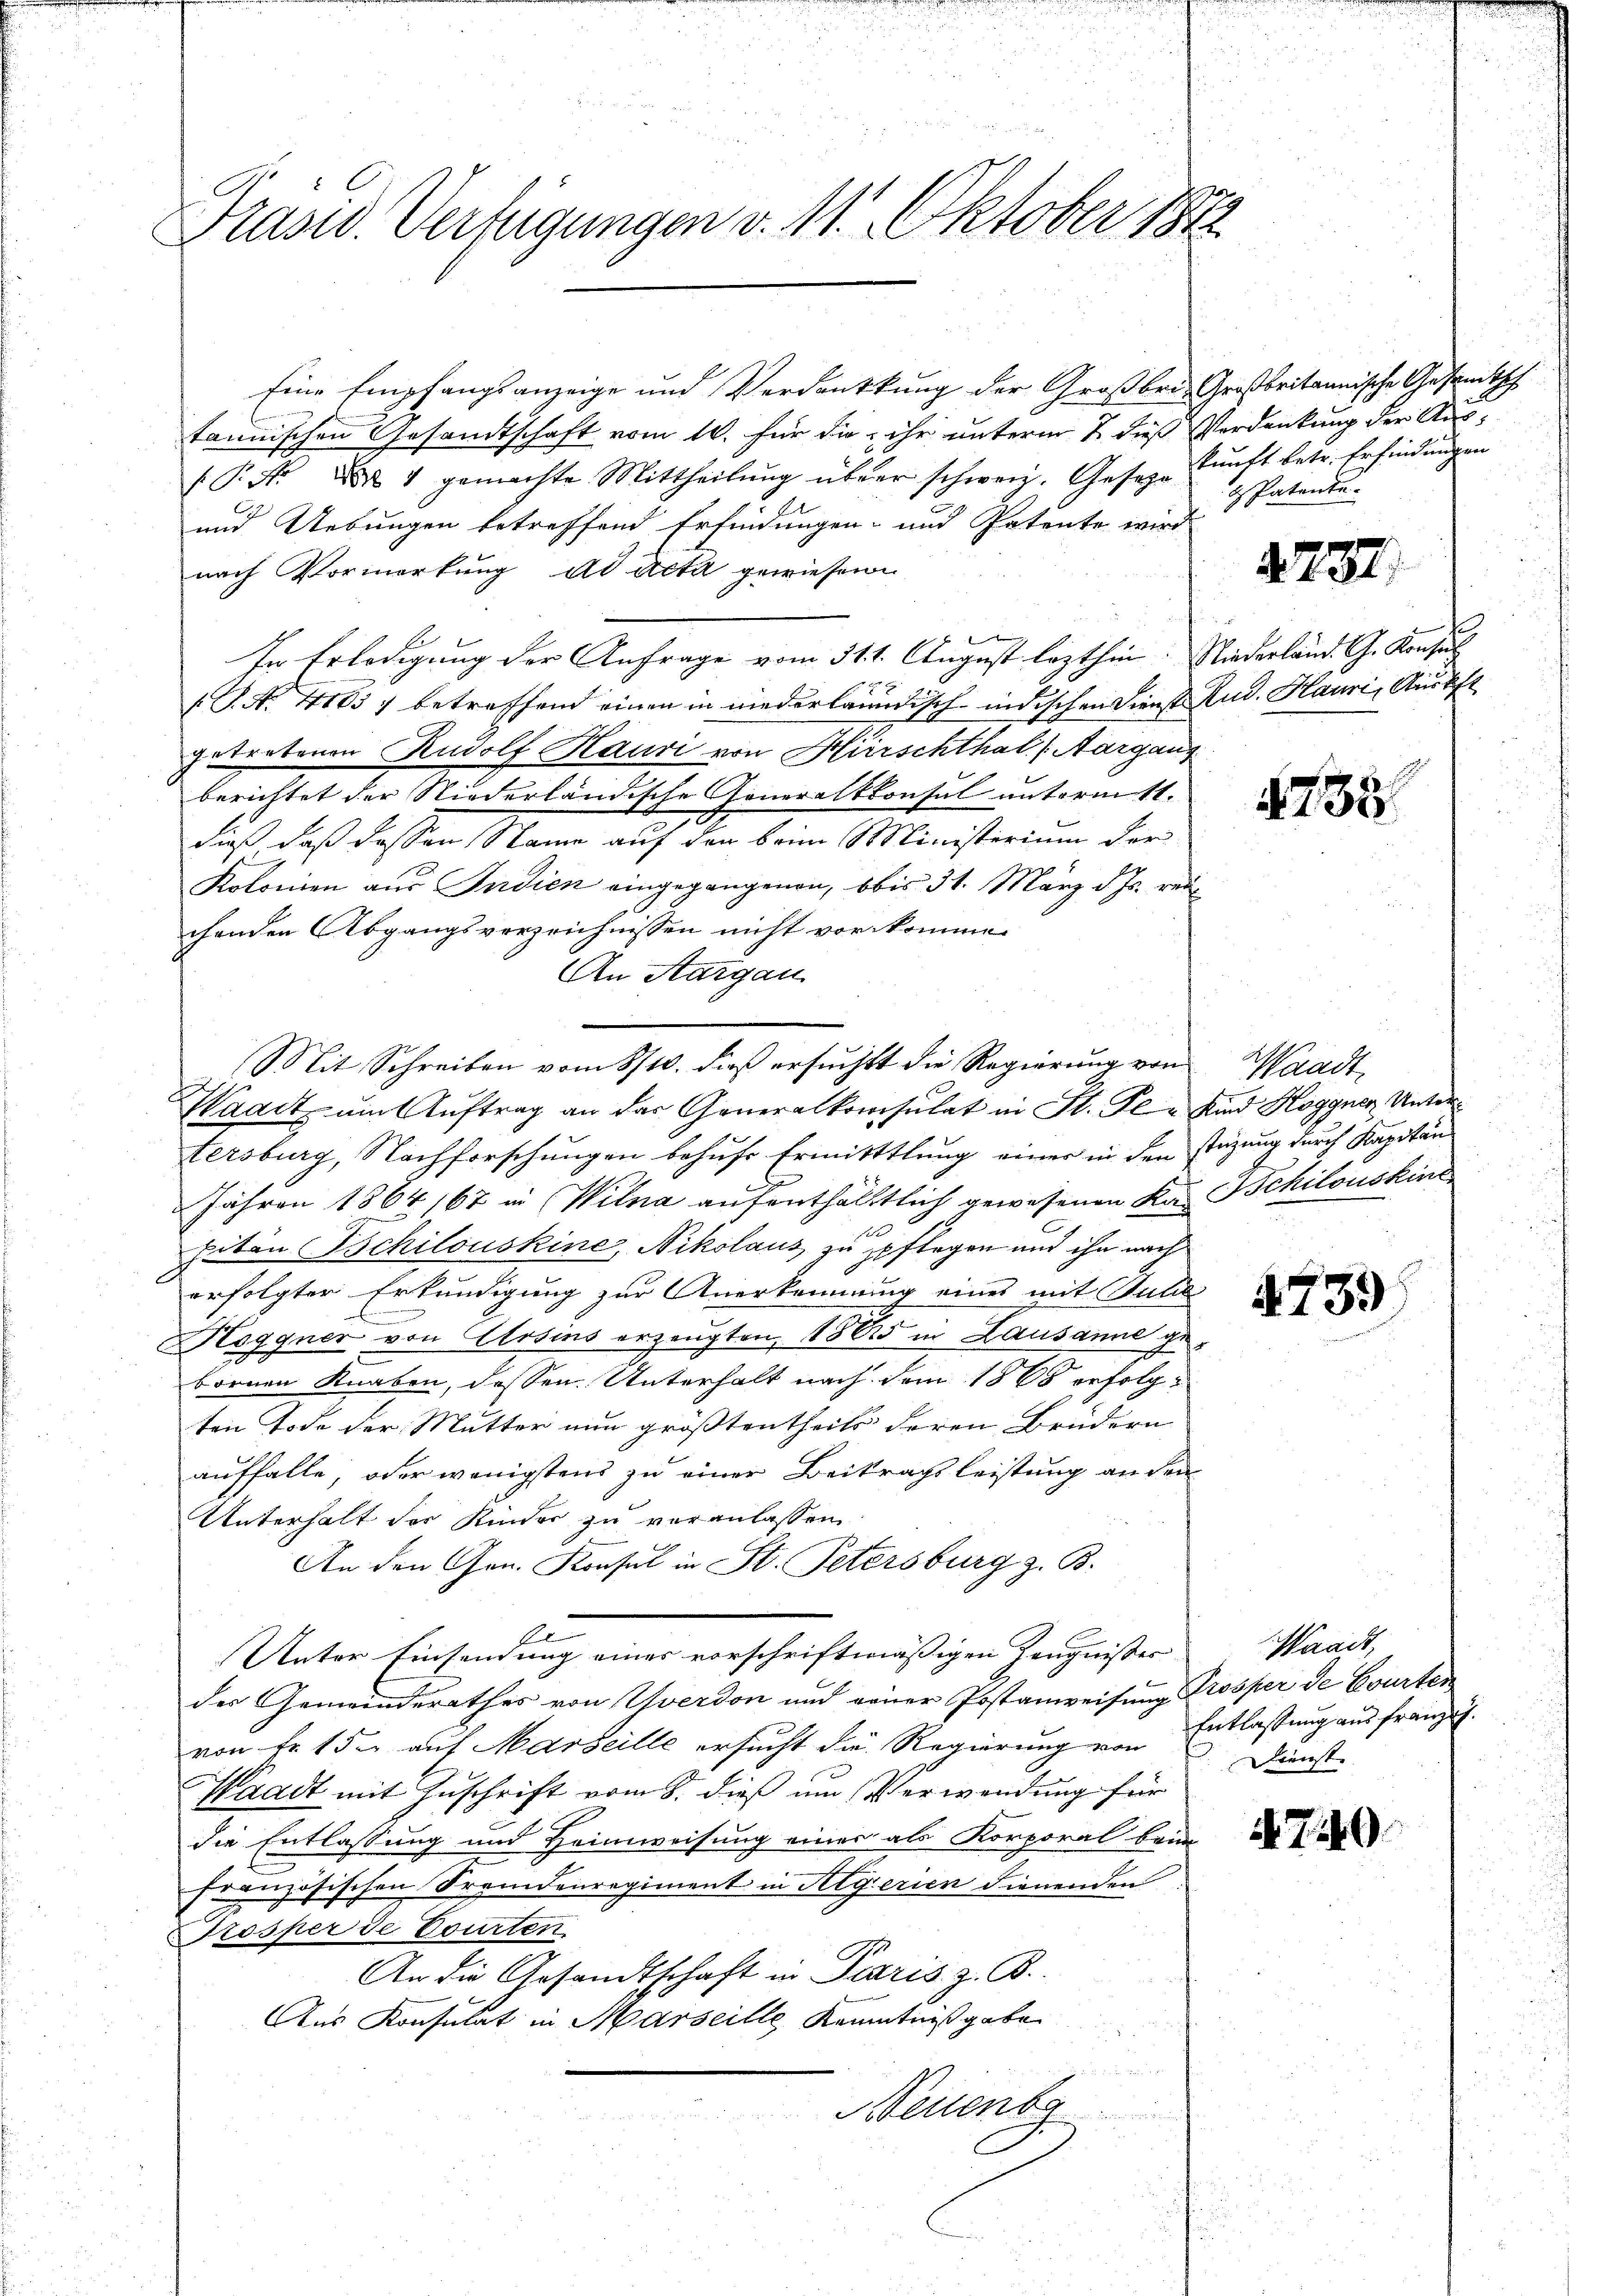
Prasw. Verfügungen v. 11. Oktober 1871

Eine Empfangsanzeige und Verdankkung der Großbri, Großbritannische Gesandtsch
tannischen Gesandtschaft vom 10. für die ihr unterm 2 dieß Verdankung der Aus¬
(P. Nr. & 4 gemachte Mittheilŭng über schwere. Gesezekŭnft betr. Erfindŭngen
und Uebungen betreffend Erfindungen- und Patente wird
nach Vormerkung ad Acta gewiesen.
e
In Erledigung der Anfrage vom 311. August lezthin. Niederländ. G. Konsul
[S. Nr. 4165) betreffend einen in niederlaunisch-indischen Dienst Rud. Hauri, Ausf
getretenen Rudolf Hauri von Hirschthal (Aargang
berichtet der Niederländische Generalkonsul unternitt.
dieß daß dassen Name auf den beim Ministerium der
Kolonien aus Indien eingegangenen, bis 31. März d. Js. reichenden Abgangsverzeichnissen nicht vorkommen
An Aargau
Waadt ŭm Aŭftrag an das Generalkonsulat in St. Fl. Kind Hoggner Untertersburg, Nachforschungen behufe Ermitttlung einer in den stüzung durch Kapitän¬
Jähren 1864 167 in Wilna aufenthältlich gewesenen Kas Schilouskind
1
hiten Schilouskine, Nikolaus zu pflegen und ihn nach
erfolgter Erkundigung zur Anerkennung eines mit Gulde
.
Hoggner von Arsens erzeugten, 1865 in Lausanne gebornen Knaben, dassen Unterhalt nach dem 1868 erfolgten Tode der Mutter nun größtentheils deren Brüdern
auffalle, oder wenigstens zu einer Beitragsleistung an den
Unterhalt der Kinder zu veranlassen
An den Gen. Konsul in St. Petersburg z. B.
fl
Unter Einsendung eines vorschriftmäßigen Zeugnisses
der Gemeinderathes von Yverdon und einer Postanweisung Prosper de Courten
von fr. 15. auf Marseille ersucht die Regierung von Entlassung aus franzit.
Waadt mit Zuschrift vom 8. dieß um Verwendung für
die Entlassung und Heimweisung einer als Korporal beim
französischen Fremdenregiment in Algerien dienenden
Kosper de Courten
An die Gesandtschaft in Paris z. B.
Aus Konsulat in Marseille Kenntnißgabe
u
Neuenba

Mit Schreiben vom 8/10. dieβ ersŭcht die Regierŭng von Waadt,

d Patente

4752

4735

4739

Waadt,
Dienste

740.